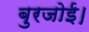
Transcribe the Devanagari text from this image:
बुरजोई।